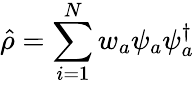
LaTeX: \hat{\rho}=\sum_{i=1}^{N}w_{a}\psi_{a}\psi_{a}^{\dagger}